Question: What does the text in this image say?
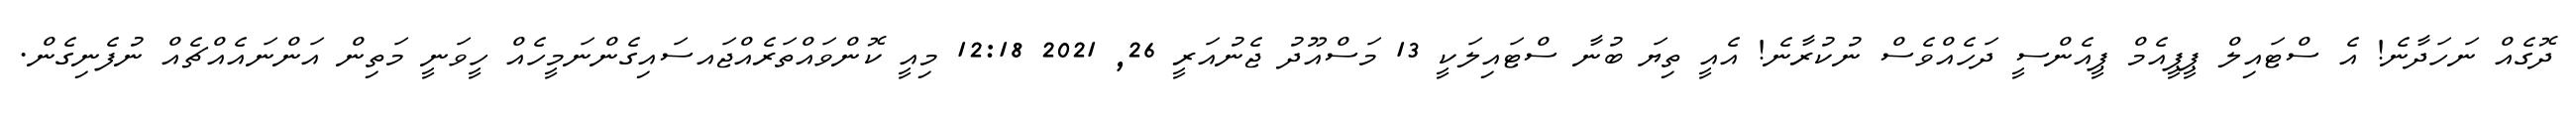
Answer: ދޮގެއް ނަހަދާނެ! އެ ސްޓައިލް ޕީޕީއެމް ޕީއެންސީ ދަހެއްވެސް ނުކުރާނެ! އެއީ ތިޔަ ބުނާ ސްޓައިލަކީ 13 މަސްއޫދު ޖެނުއަރީ 26, 2021 12:18 މިއީ ކޮންވައްތަރެއްޖައސައިގެންނަމީހެއް ހީވަނީ މަތިން އަންނައެއްޗެއް ނުފެނިގެން.